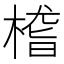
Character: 㮷